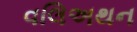
વલિઅથન